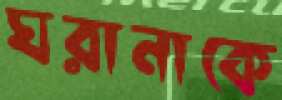
ঘরানাকে